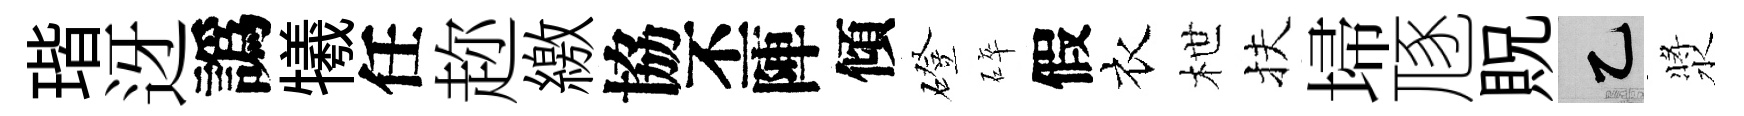
瑎迓譌犧任趂繳協丕陣傾磴碎假衣枻扶埽豗貺乙漿